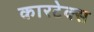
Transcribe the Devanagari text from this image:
कारटेक्स